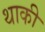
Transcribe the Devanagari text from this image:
थाकी